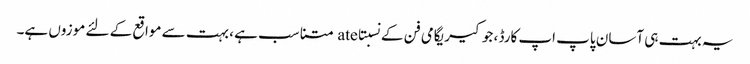
یہ بہت ہی آسان پاپ اپ کارڈ ، جو کیریگامی فن کے نسبتاate متناسب ہے ، بہت سے مواقع کے لئے موزوں ہے۔